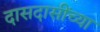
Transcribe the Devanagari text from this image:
दासदासींच्या